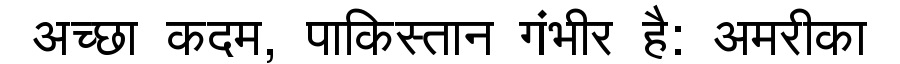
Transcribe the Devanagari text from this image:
अच्छा कदम, पाकिस्तान गंभीर है: अमरीका